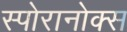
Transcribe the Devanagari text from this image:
स्पोरानोक्स